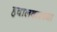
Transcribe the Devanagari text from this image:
हवालदारच्या